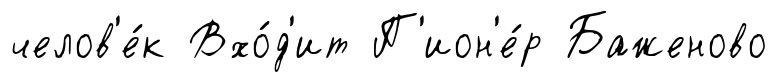
челов'е́к Вхо́д'ит П'ион'е́р Баженово